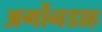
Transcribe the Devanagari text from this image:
अर्गोनडाह